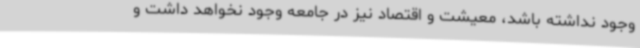
وجود نداشته باشد، معیشت و اقتصاد نیز در جامعه وجود نخواهد داشت و